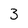
Character: 3